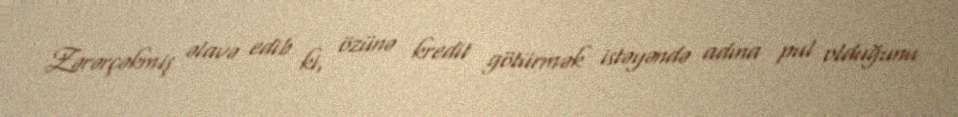
Zərərçəkmiş əlavə edib ki, özünə kredit götürmək istəyəndə adına pul olduğunu